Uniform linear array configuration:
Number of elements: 32
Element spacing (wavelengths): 0.5
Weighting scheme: blackman
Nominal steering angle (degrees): -15
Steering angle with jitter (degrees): -16.19
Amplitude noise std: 0.05
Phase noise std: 0.05

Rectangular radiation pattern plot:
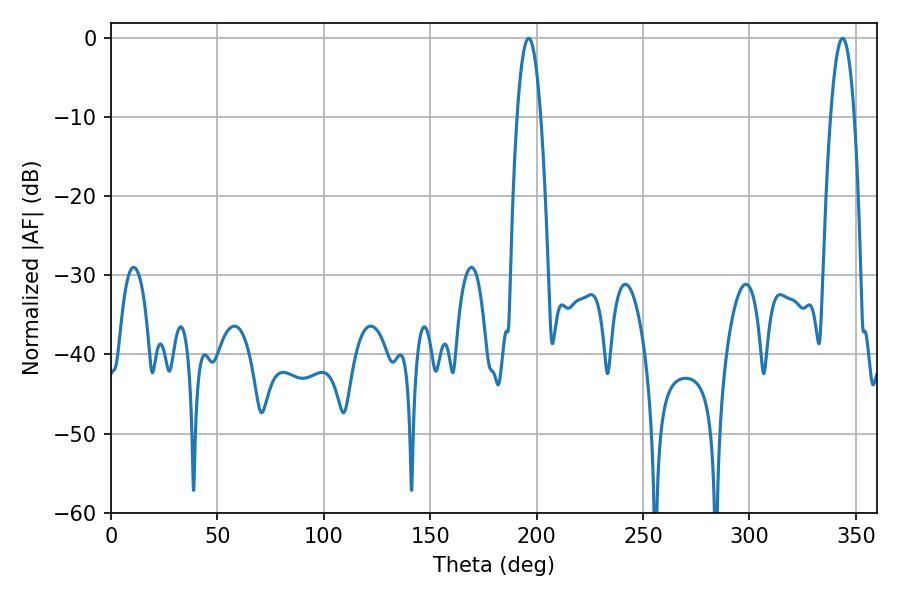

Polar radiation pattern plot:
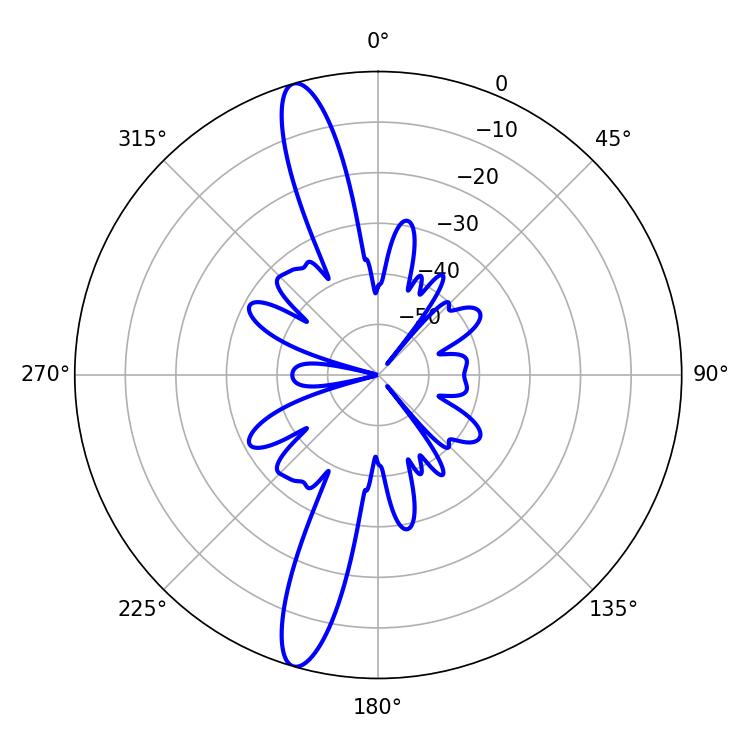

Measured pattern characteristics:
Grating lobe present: FALSE
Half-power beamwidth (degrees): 6.12
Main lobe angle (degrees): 196.2